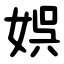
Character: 娯